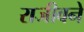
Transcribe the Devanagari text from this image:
राजीवने